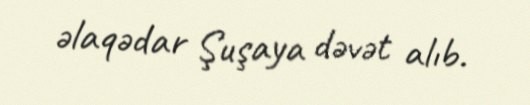
əlaqədar Şuşaya dəvət alıb.